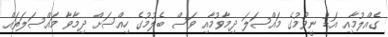
ގެއްލުމާއި އަޑު ނީވުމުގެ މައްސަލަ ދިމާވުމާއި ވަސް ބެލުމުގެ ހިއްސަށް ދިމާވާ މައްސަލަތައް